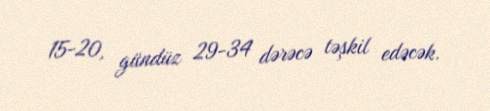
15-20, gündüz 29-34 dərəcə təşkil edəcək.